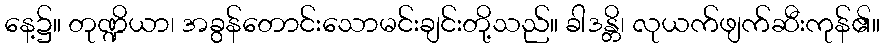
နေ့၌။ တုဏ္ဍိယာ၊ အခွန်တောင်းသောမင်းချင်းတို့သည်။ ခါဒန္တိ၊ လုယက်ဖျက်ဆီးကုန်၏။